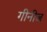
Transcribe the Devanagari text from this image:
गीनीज